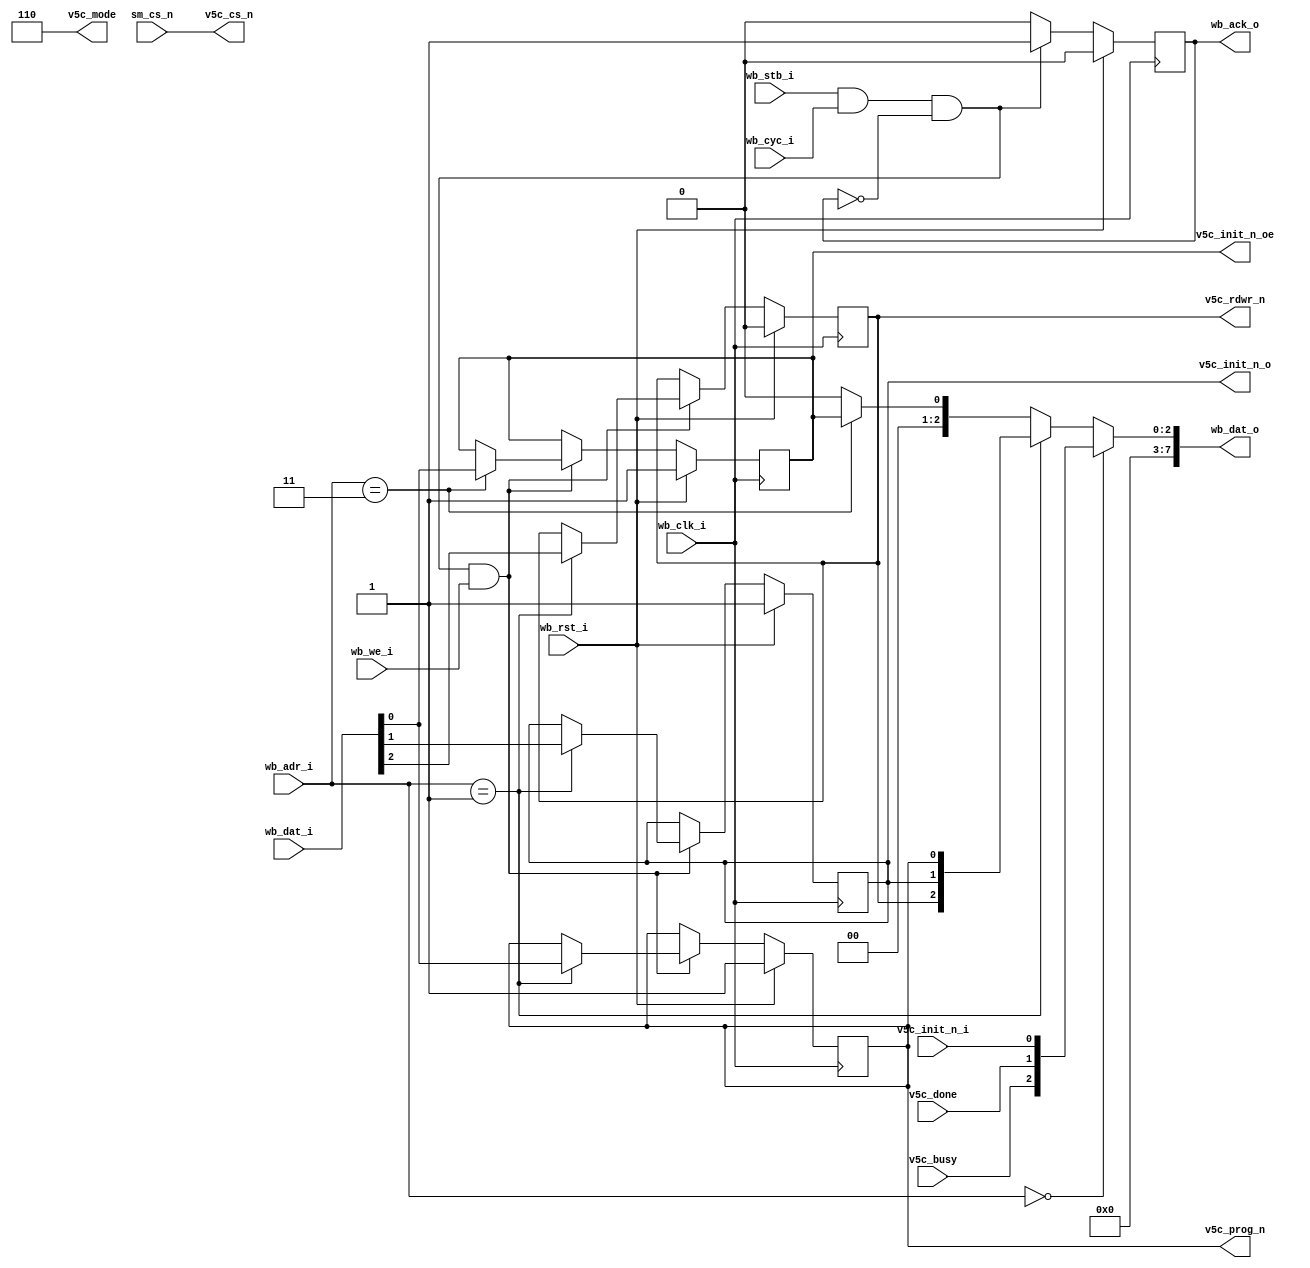

module v5c_sm(
    wb_clk_i, wb_rst_i,
    wb_cyc_i, wb_stb_i, wb_we_i,
    wb_adr_i, wb_dat_i, wb_dat_o,
    wb_ack_o,
    sm_cs_n,
    v5c_rdwr_n, v5c_cs_n, v5c_prog_n,
    v5c_done, v5c_busy,
    v5c_init_n_i, v5c_init_n_o, v5c_init_n_oe,
    v5c_mode
  );
  input  wb_clk_i, wb_rst_i;
  input  wb_cyc_i, wb_stb_i, wb_we_i;
  input  [1:0] wb_adr_i;
  input  [7:0] wb_dat_i;
  output [7:0] wb_dat_o;
  output wb_ack_o;
  input sm_cs_n;

  output v5c_rdwr_n, v5c_cs_n, v5c_prog_n;
  output [2:0] v5c_mode;
  input  v5c_done, v5c_busy;
  input  v5c_init_n_i;
  output v5c_init_n_o, v5c_init_n_oe;

  localparam REG_SM_STATUS = 2'd0;
  localparam REG_SM_OREGS  = 2'd1;
  localparam REG_SM_CTRL   = 2'd3;

  reg v5c_rdwr_n, v5c_prog_n;
  reg v5c_init_n_o, v5c_init_n_oe;
	//synthesis attribute INIT of v5c_prog_n is 1
	//synthesis attribute INIT of v5c_init_n_oe is 0

  //Slave selectMAP 
  assign v5c_mode = 3'b110;

  //Select Map Strb
  wire sm_strb;

  assign sm_strb = sm_cs_n; //sm_cs_n must be one cycle long

  assign wb_dat_o = wb_adr_i == REG_SM_STATUS ? {5'b0, v5c_busy, v5c_done, v5c_init_n_i} :
                    wb_adr_i == REG_SM_OREGS  ? {5'b0, v5c_rdwr_n, v5c_init_n_o, v5c_prog_n} :
                    wb_adr_i == REG_SM_CTRL   ? {7'b0, v5c_init_n_oe} :
                                                8'b0;

  reg wb_ack_o;
  wire wb_trans = wb_stb_i && wb_cyc_i && !wb_ack_o;
  //strobe the v5c_cs_n if wb access to data reg or is strobe on sm_cs
  assign v5c_cs_n = sm_strb;



  always @(posedge wb_clk_i) begin
    //strobes
    wb_ack_o <= 1'b0;

    if (wb_rst_i) begin
      v5c_rdwr_n <= 1'b0;
      v5c_prog_n <= 1'b1;
      v5c_init_n_oe <= 1'b1;
      v5c_init_n_o <= 1'b1;
    end else begin
      if (wb_trans) begin
        wb_ack_o <= 1'b1;
      end
      if (wb_trans & wb_we_i) begin
        case (wb_adr_i)
          REG_SM_STATUS: begin
          end
          REG_SM_OREGS: begin
            v5c_prog_n   <= wb_dat_i[0];
            v5c_init_n_o <= wb_dat_i[1];
            v5c_rdwr_n   <= wb_dat_i[2];
          end
          REG_SM_CTRL: begin
            v5c_init_n_oe <= wb_dat_i[0];
          end
        endcase
      end
    end
  end
endmodule